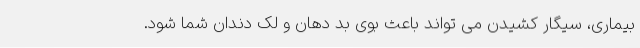
بیماری، سیگار کشیدن می تواند باعث بوی بد دهان و لک دندان شما شود.